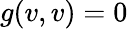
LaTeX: g(v,v)=0